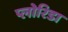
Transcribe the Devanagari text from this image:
प्लोरिडा